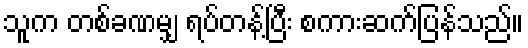
သူက တစ်ခဏမျှ ရပ်တန့်ပြီး စကားဆက်ပြန်သည်။